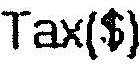
TAX($)